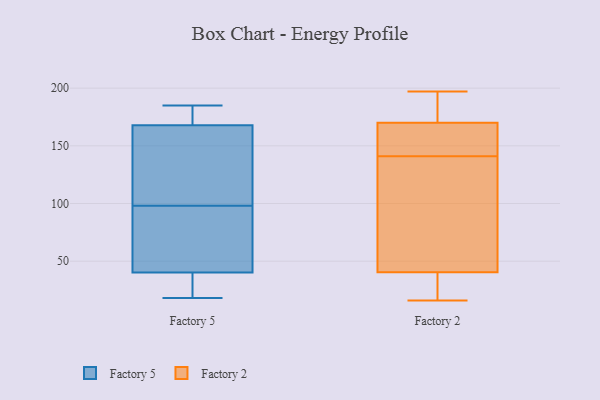
{"axis": {"x": "Production Output", "y": "Value"}, "legend": ["Factory 2", "Factory 5"], "data": [{"x": "", "y": 39, "type": "Factory 5"}, {"x": "", "y": 177, "type": "Factory 5"}, {"x": "", "y": 31, "type": "Factory 5"}, {"x": "", "y": 169, "type": "Factory 5"}, {"x": "", "y": 18, "type": "Factory 5"}, {"x": "", "y": 100, "type": "Factory 5"}, {"x": "", "y": 24, "type": "Factory 5"}, {"x": "", "y": 44, "type": "Factory 5"}, {"x": "", "y": 168, "type": "Factory 5"}, {"x": "", "y": 167, "type": "Factory 5"}, {"x": "", "y": 98, "type": "Factory 5"}, {"x": "", "y": 185, "type": "Factory 5"}, {"x": "", "y": 141, "type": "Factory 5"}, {"x": "", "y": 54, "type": "Factory 5"}, {"x": "", "y": 67, "type": "Factory 5"}, {"x": "", "y": 186, "type": "Factory 2"}, {"x": "", "y": 153, "type": "Factory 2"}, {"x": "", "y": 154, "type": "Factory 2"}, {"x": "", "y": 54, "type": "Factory 2"}, {"x": "", "y": 26, "type": "Factory 2"}, {"x": "", "y": 130, "type": "Factory 2"}, {"x": "", "y": 117, "type": "Factory 2"}, {"x": "", "y": 27, "type": "Factory 2"}, {"x": "", "y": 197, "type": "Factory 2"}, {"x": "", "y": 197, "type": "Factory 2"}, {"x": "", "y": 16, "type": "Factory 2"}, {"x": "", "y": 152, "type": "Factory 2"}]}